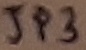
Text: JP3